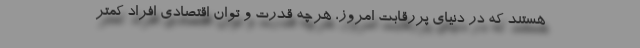
هستند که در دنیای پررقابت امروز، هرچه قدرت و توان اقتصادی افراد کمتر